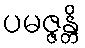
ပမဇ္ဇန္တိ